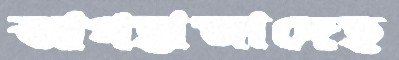
আগহাজাদেহ